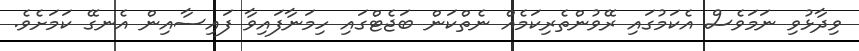
ވިދާޅުވި ނަމަވެސް އެކަމުގައި ރޭވުންތެރިކަމެއް ނެތްކަން ބަޖެޓްގައި ހިމަނާފައިވާ ފައިސާއިން އެނގޭ ކަމަށެވެ.